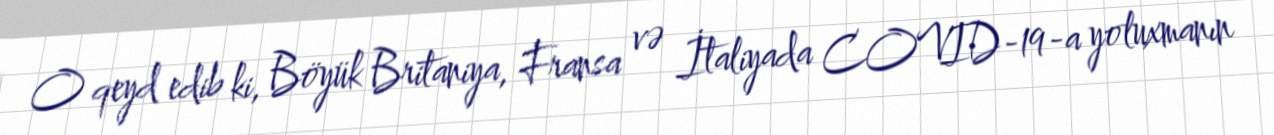
O qeyd edib ki, Böyük Britaniya, Fransa və İtaliyada COVID-19-a yoluxmanın